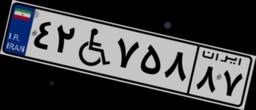
۳۴W۴۹۲۶۱